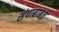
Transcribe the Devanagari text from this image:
संपाबाबत